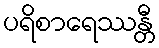
ပရိစာရေဿန္တီ